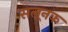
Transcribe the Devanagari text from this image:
सलूनक